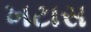
ખટાસ